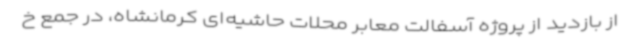
از بازدید از پروژه آسفالت معابر محلات حاشیه‌ای کرمانشاه، در جمع خ